Indian journal of veterinary science and animal husbandry - Volume 3,
Year: 1933
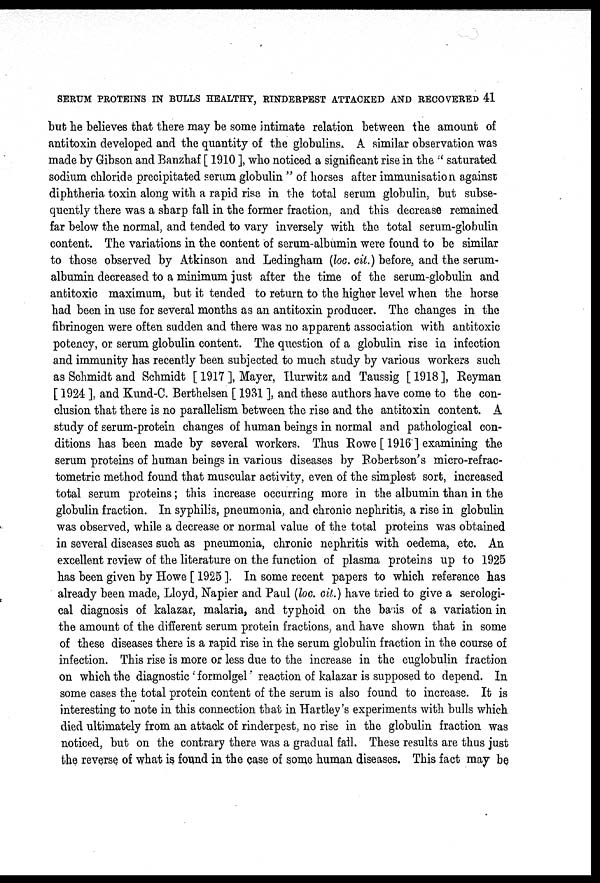
SERUM PROTEINS IN BULLS HEALTHY, RINDERPEST ATTACKED AND RECOVERED 41
but he believes that there may be some intimate relation between the amount of
antitoxin developed and the quantity of the globulins. A similar observation was
made by Gibson and Banzhaf [ 1910 ], who noticed a significant rise in the " saturated
sodium chloride precipitated serum globulin " of horses after immunisation against
diphtheria toxin along with a rapid rise in the total serum globulin, but subse-
quently there was a sharp fall in the former fraction, and this decrease remained
far below the normal, and tended to vary inversely with the total serum-globulin
content. The variations in the content of serum-albumin were found to be similar
to those observed by Atkinson and Ledingham (loc. cit.) before, and the serum-
albumin decreased to a minimum just after the time of the serum-globulin and
antitoxic maximum, but it tended to return to the higher level when the horse
had been in use for several months as an antitoxin producer. The changes in the
fibrinogen were often sudden and there was no apparent association with antitoxic
potency, or serum globulin content. The question of a globulin rise in infection
and immunity has recently been subjected to much study by various workers such
as Schmidt and Schmidt [ 1917 ], Mayer, Hurwitz and Taussig [1918], Reyman
[ 1924 ], and Kund-C. Berthelsen [ 1931 ], and these authors have come to the con-
clusion that there is no parallelism between the rise and the antitoxin content. A
study of serum-protein changes of human beings in normal and pathological con-
ditions has been made by several workers. Thus Rowe [ 1916] examining the
serum proteins of human beings in various diseases by Robertson's micro-refrac-
tometric method found that muscular activity, even of the simplest sort, increased
total serum proteins; this increase occurring more in the albumin than in the
globulin fraction. In syphilis, pneumonia, and chronic nephritis, a rise in globulin
was observed, while a decrease or normal value of the total proteins was obtained
in several diseases such as pneumonia, chronic nephritis with oedema, etc. An
excellent review of the literature on the function of plasma proteins up to 1925
has been given by Howe [ 1925 ]. In some recent papers to which reference has
already been made, Lloyd, Napier and Paul (loc. cit.) have tried to give a serologi-
cal diagnosis of kalazar, malaria, and typhoid on the basis of a variation in
the amount of the different serum protein fractions, and have shown that in some
of these diseases there is a rapid rise in the serum globulin fraction in the course of
infection. This rise is more or less due to the increase in the euglobulin fraction
on which the diagnostic ' formolgel ' reaction of kalazar is supposed to depend. In
some cases the total protein content of the serum is also found to increase. It is
interesting to note in this connection that in Hartley's experiments with, bulls which
died ultimately from an attack of rinderpest, no rise in the globulin fraction was
noticed, but on the contrary there was a gradual fall. These results are thus just
the reverse of what is found in the case of some human diseases. This fact may be